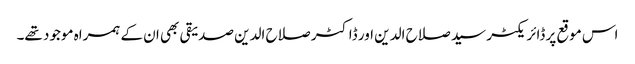
اس موقع پر ڈائریکٹر سید صلاح الدین اور ڈاکٹر صلاح الدین صدیقی بھی ان کے ہمراہ موجود تھے۔